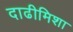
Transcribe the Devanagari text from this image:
दाढीमिशा